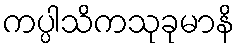
ကပ္ပါသိကသုခုမာနိ